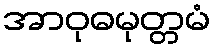
အာဝုဓမုတ္တမံ